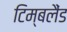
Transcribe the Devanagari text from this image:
टिम्बलैंड